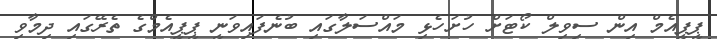
ޕީޕީއެމް އިން ސިވިލް ކޯޓަށް ހުށަހެޅި މައްސަލާގައި ބުނެފައިވަނީ ޕީޕީއެމްގެ ތެރޭގައި ދިމާވި